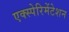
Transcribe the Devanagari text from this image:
एक्स्पेरिमेंटेशन